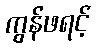
ကွန်ဖရင့်